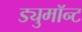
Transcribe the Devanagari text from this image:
ड्युमाॅन्ट